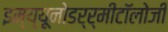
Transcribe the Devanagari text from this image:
इम्य्यूनोडर्र्मीटॉलोजी